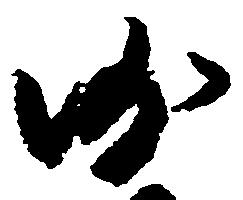
沙